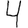
Digit: 4